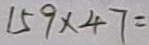
1 5 9 \times 4 7 =